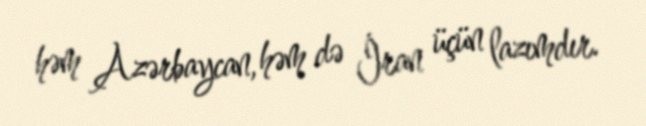
həm Azərbaycan, həm də İran üçün lazımdır.